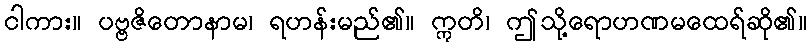
ငါကား။ ပဗ္ဗဇိတောနာမ၊ ရဟန်းမည်၏။ ဣတိ၊ ဤသို့ရောဟဏမထေရ်ဆို၏။